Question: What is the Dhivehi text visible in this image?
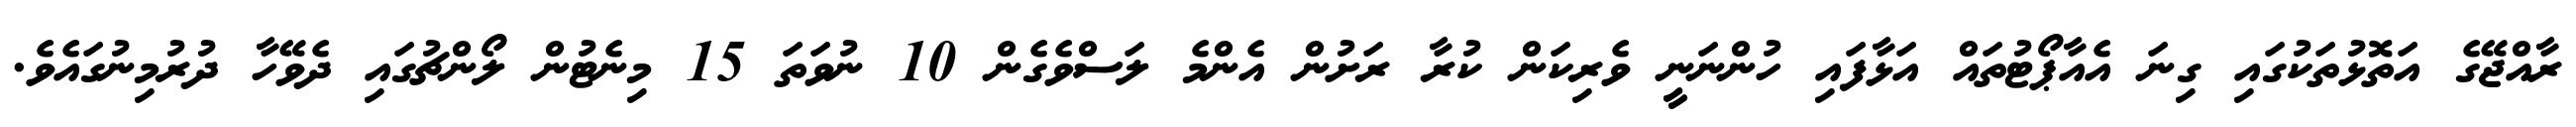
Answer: ރާއްޖޭގެ އަތޮޅުތަކުގައި ގިނަ އެއާޕޯޓުތައް އަޅާފައި ހުންނަނީ ވެރިކަން ކުރާ ރަށުން އެންމެ ލަސްވެގެން 10 ނުވަތަ 15 މިނެޓުން ލޯންޗުގައި ދެވޭހާ ދުރުމިނުގައެވެ.